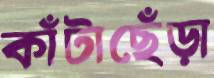
কাঁটাছেঁড়া